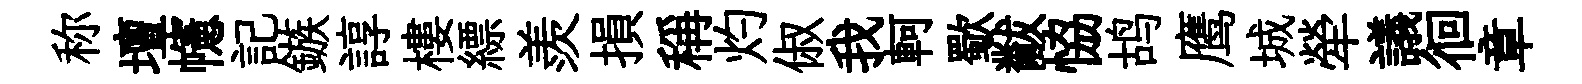
称壇幰記鏃諄樓縹羨損稱灼俶我軻歜黻恊鸪鹰城犖議徊章